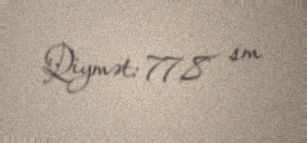
Qiymət: 77,8 sm